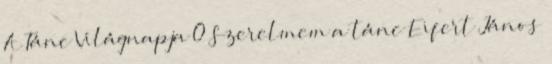
A Tánc Világnapja 0 Szerelmem a tánc Eifert János